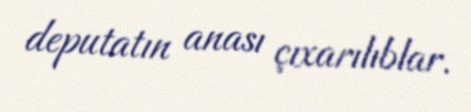
deputatın anası çıxarılıblar.